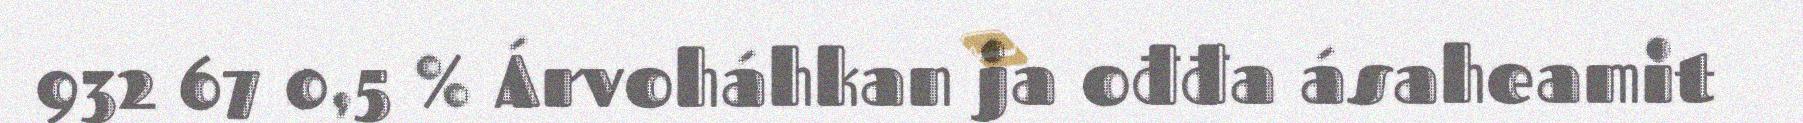
932 67 0,5 % Árvoháhkan ja ođđa ásaheamit